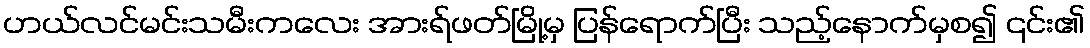
ဟယ်လင်မင်းသမီးကလေး အားရ်ဖတ်မြို့မှ ပြန်ရောက်ပြီး သည့်နောက်မှစ၍ ၎င်း၏